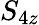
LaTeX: S_{4z}